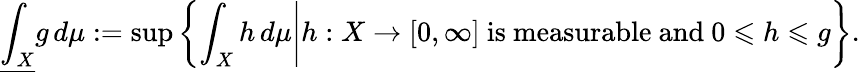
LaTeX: {\underline{{\int_{X}}}}g\, d\mu:=\operatorname*{sup}\left\{ \left.\int_{X}h\, d\mu\right|h:X\to[0,\infty]{\mathrm{~is~measurable~and~}}0\leqslant h\leqslant g\right\} .